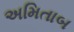
અમિતાબ